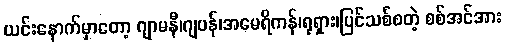
ယင်းနောက်မှာတော့ ဂျာမနီ၊ဂျပန်၊အမေရိကန်၊ရုရှား၊ပြင်သစ်စတဲ့ စစ်အင်အား